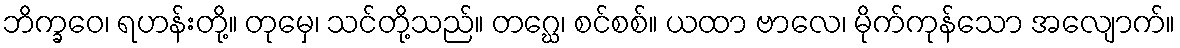
ဘိက္ခဝေ၊ ရဟန်းတို့။ တုမှေ၊ သင်တို့သည်။ တဂ္ဃေ၊ စင်စစ်။ ယထာ ဗာလေ၊ မိုက်ကုန်သော အလျောက်။